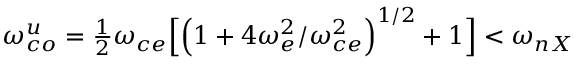
\omega _ { c o } ^ { u } = \textstyle { \frac { 1 } { 2 } } \omega _ { c e } \Big [ \Big ( 1 + 4 \omega _ { e } ^ { 2 } / \omega _ { c e } ^ { 2 } \Big ) ^ { 1 / 2 } + 1 \Big ] < \omega _ { n X }